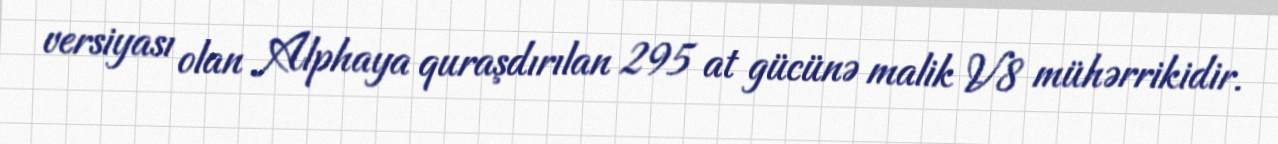
versiyası olan Alphaya quraşdırılan 295 at gücünə malik V8 mühərrikidir.